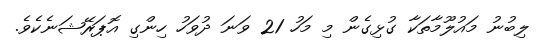
ލިބުނު މައުލޫމާތަކާ ގުޅިގެން މި މަހު 21 ވަނަ ދުވަހު ހިންގި އޮޕަރޭޝަނެކެވެ.